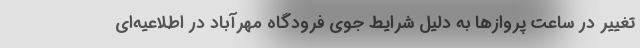
تغییر در ساعت پروازها به دلیل شرایط جوی فرودگاه مهرآباد در اطلاعیه‌ای